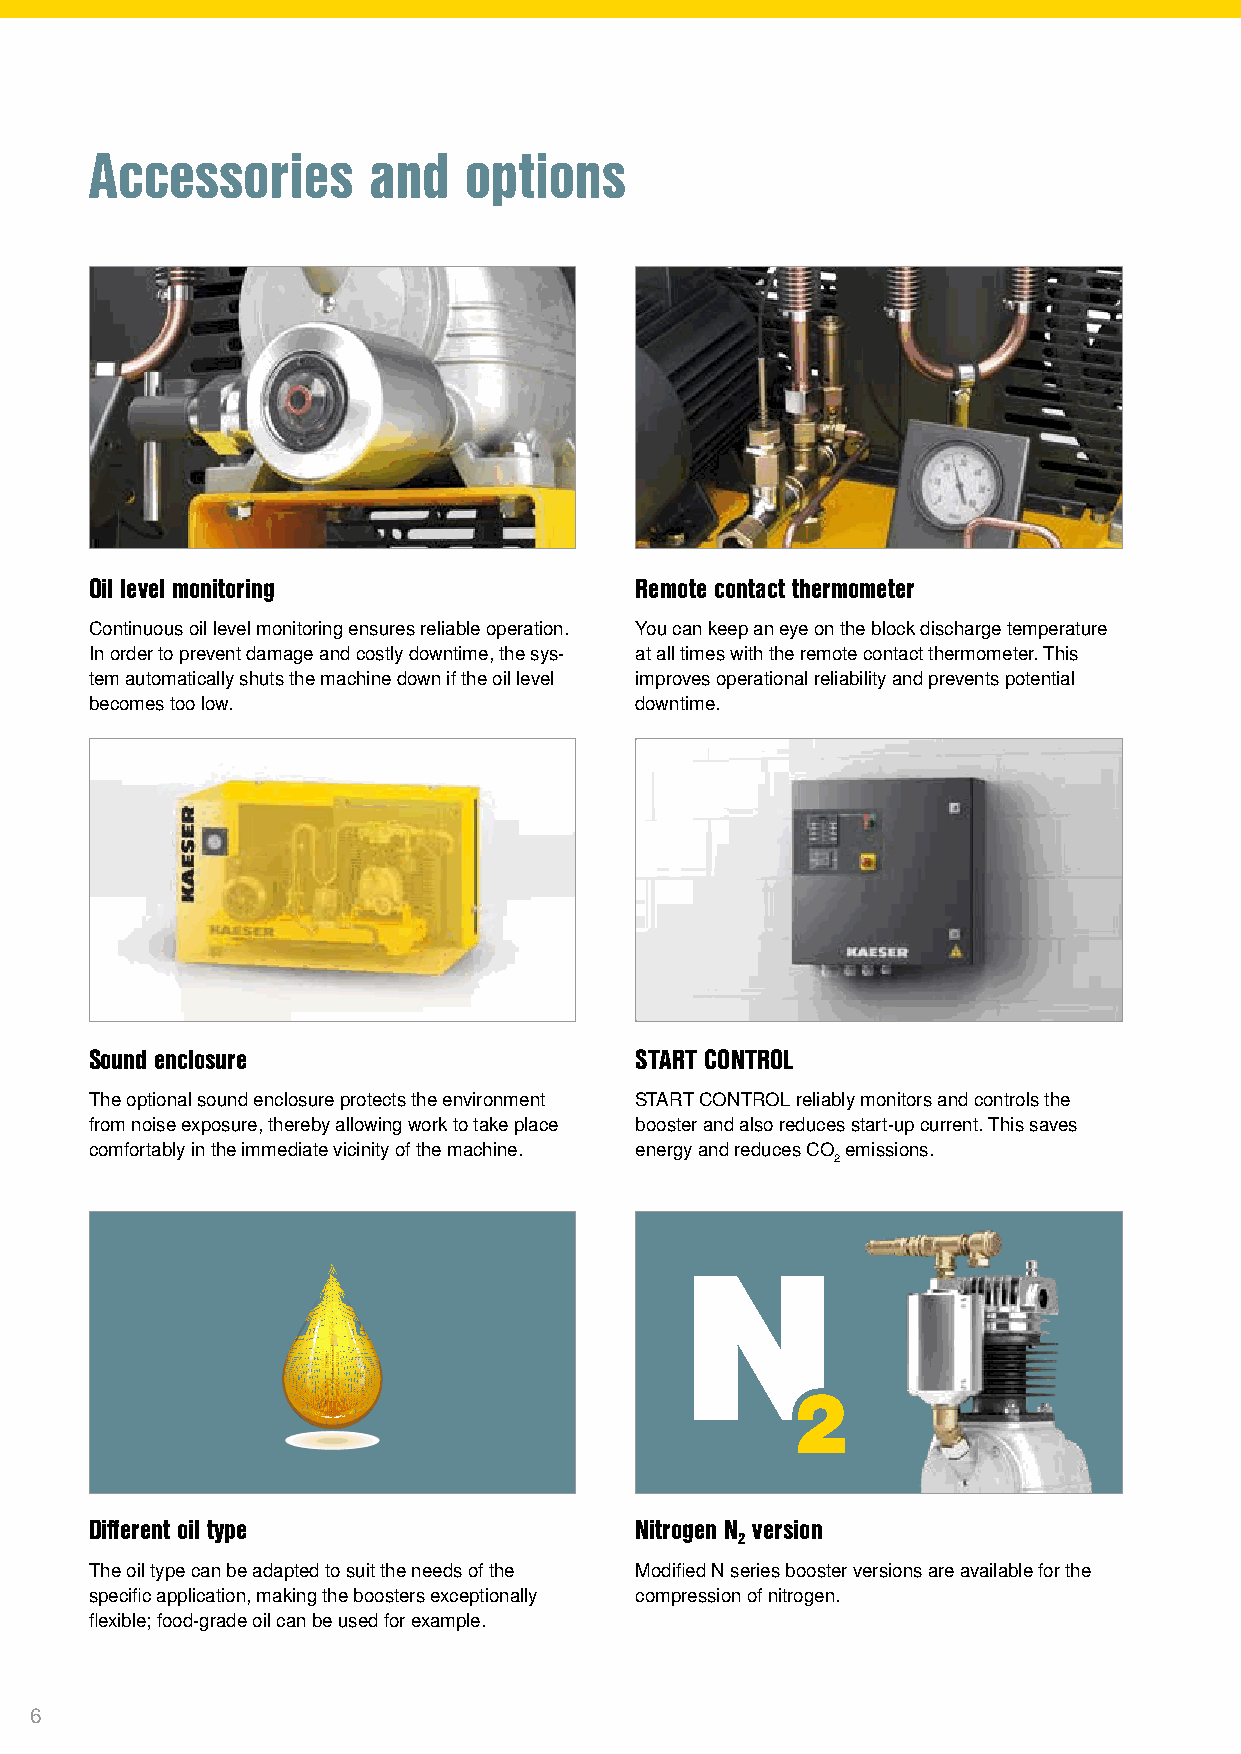
Accessories       and    options
 Oil level monitoring                Remote contact thermometer
 Continuous oil level monitoring ensures reliable operation. You can keep an eye on the block discharge temperature
 In order to prevent damage and costly downtime, the sys- at all times with the remote contact thermometer. This
 tem automatically shuts the machine down if the oil level improves operational reliability and prevents potential
 becomes too low.                    downtime.
 Sound enclosure                     START CONTROL
 The optional sound enclosure protects the environment START CONTROL reliably monitors and controls the
 from noise exposure, thereby allowing work to take place booster and also reduces start-up current. This saves
 comfortably in the immediate vicinity of the machine. energy and reduces CO emissions.
 2
 Different oil type                  Nitrogen N version
 2
 The oil type can be adapted to suit the needs of the Modified N series booster versions are available for the
 specific application, making the boosters exceptionally compression of nitrogen.
 flexible; food-grade oil can be used for example.
 6